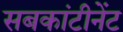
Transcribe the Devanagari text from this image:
सबकांटीनेंट